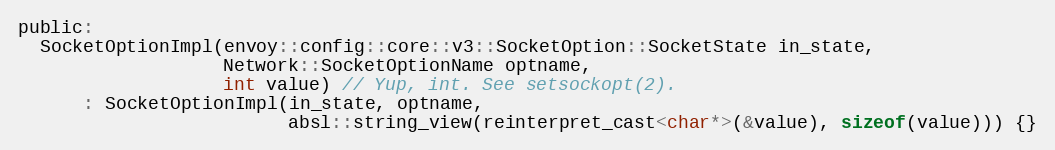
Language: C
public:
  SocketOptionImpl(envoy::config::core::v3::SocketOption::SocketState in_state,
                   Network::SocketOptionName optname,
                   int value) // Yup, int. See setsockopt(2).
      : SocketOptionImpl(in_state, optname,
                         absl::string_view(reinterpret_cast<char*>(&value), sizeof(value))) {}